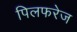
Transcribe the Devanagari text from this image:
पिलफरेज